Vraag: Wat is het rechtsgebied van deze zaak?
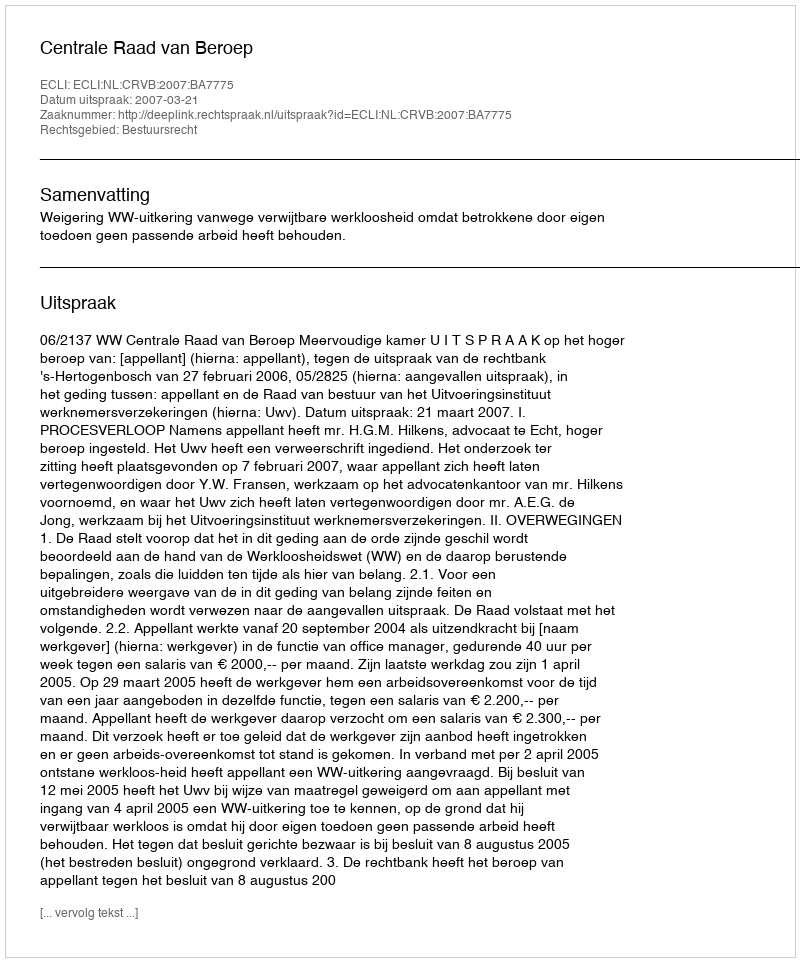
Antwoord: Bestuursrecht